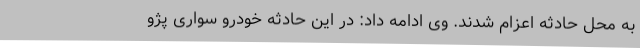
به محل حادثه اعزام شدند. وی ادامه داد: در این حادثه خودرو سواری پژو